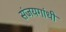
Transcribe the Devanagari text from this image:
संजयगांधी